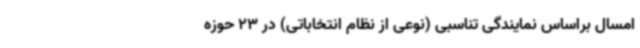
امسال براساس نمایندگی تناسبی (نوعی از نظام انتخاباتی) در 23 حوزه